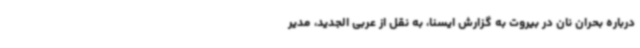
درباره بحران نان در بیروت به گزارش ایسنا، به نقل از عربی الجدید، مدیر